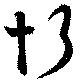
忻